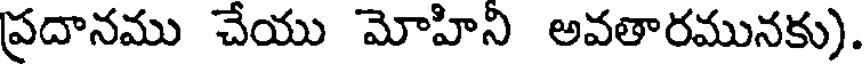
ప్రదానము చేయు మోహిని అవతారమునకు).